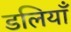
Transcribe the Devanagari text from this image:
डलियाँ